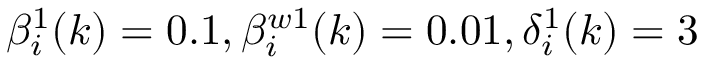
\beta _ { i } ^ { 1 } ( k ) = 0 . 1 , \beta _ { i } ^ { w 1 } ( k ) = 0 . 0 1 , \delta _ { i } ^ { 1 } ( k ) = 3